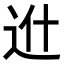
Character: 𨑮